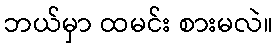
ဘယ်မှာ ထမင်း စားမလဲ။